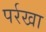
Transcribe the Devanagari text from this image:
पर्रखा